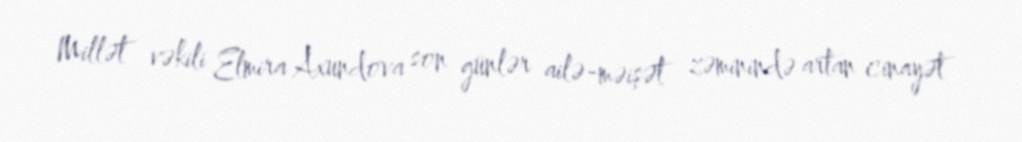
Millət vəkili Elmira Axundova son günlər ailə-məişət zəminində artan cinayət